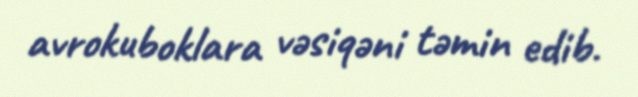
avrokuboklara vəsiqəni təmin edib.